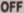
OFF